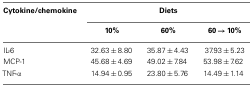
| Cytokine/chemokine | <COLSPAN=3> Diets |
 |  | 10% | 60% | 60 → 10% |
 | --- | --- | --- | --- |
 | IL-6 | 32.63 ± 8.80 | 35.87 ± 4.43 | 37.93 ± 5.23 |
 | MCP-1 | 45.68 ± 4.69 | 49.02 ± 7.84 | 53.98 ± 7.62 |
 | TNF-α | 14.94 ± 0.95 | 23.80 ± 5.76 | 14.49 ± 1.14 |